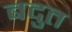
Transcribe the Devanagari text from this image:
बदुत